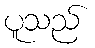
ပူသည်